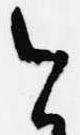
今